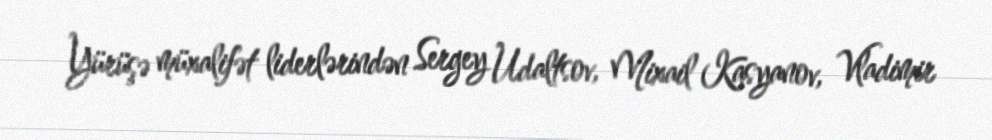
Yürüşə müxalifət liderlərindən Sergey Udaltsov, Mixail Kasyanov, Vladimir